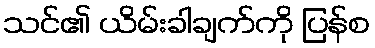
သင်၏ ယိမ်းခါချက်ကို ပြန်စ